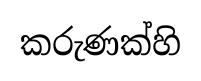
කරුණක්හි